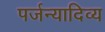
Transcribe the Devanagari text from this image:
पर्जन्यादिव्य